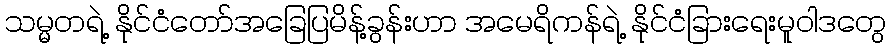
သမ္မတရဲ့ နိုင်ငံတော်အခြေပြမိန့်ခွန်းဟာ အမေရိကန်ရဲ့ နိုင်ငံခြားရေးမူဝါဒတွေ